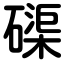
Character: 磲